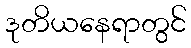
ဒုတိယနေရာတွင်